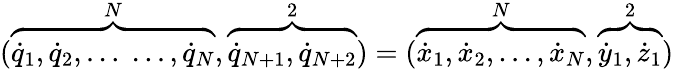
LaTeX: (\overbrace{{\dot{q}}_{1},{\dot{q}}_{2},\dots\; \dots,{\dot{q}}_{N}}^{N},\overbrace{{\dot{q}}_{N+1},{\dot{q}}_{N+2}}^{2})=(\overbrace{{\dot{x}}_{1},{\dot{x}}_{2},\dots,{\dot{x}}_{N}}^{N},\overbrace{{\dot{y}}_{1},{\dot{z}}_{1}}^{2})